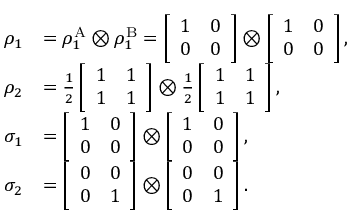
\begin{array} { r l } { \rho _ { 1 } } & { = \rho _ { 1 } ^ { \mathrm { A } } \otimes \rho _ { 1 } ^ { \mathrm { B } } = \left[ \begin{array} { l l } { 1 } & { 0 } \\ { 0 } & { 0 } \end{array} \right] \otimes \left[ \begin{array} { l l } { 1 } & { 0 } \\ { 0 } & { 0 } \end{array} \right] , } \\ { \rho _ { 2 } } & { = \frac { 1 } { 2 } \left[ \begin{array} { l l } { 1 } & { 1 } \\ { 1 } & { 1 } \end{array} \right] \otimes \frac { 1 } { 2 } \left[ \begin{array} { l l } { 1 } & { 1 } \\ { 1 } & { 1 } \end{array} \right] , } \\ { \sigma _ { 1 } } & { = \left[ \begin{array} { l l } { 1 } & { 0 } \\ { 0 } & { 0 } \end{array} \right] \otimes \left[ \begin{array} { l l } { 1 } & { 0 } \\ { 0 } & { 0 } \end{array} \right] , } \\ { \sigma _ { 2 } } & { = \left[ \begin{array} { l l } { 0 } & { 0 } \\ { 0 } & { 1 } \end{array} \right] \otimes \left[ \begin{array} { l l } { 0 } & { 0 } \\ { 0 } & { 1 } \end{array} \right] . } \end{array}